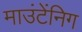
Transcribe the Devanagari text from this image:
माउंटेंनिग